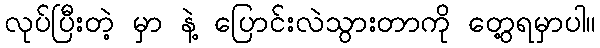
လုပ်ပြီးတဲ့ မှာ နဲ့ ပြောင်းလဲသွားတာကို တွေ့ရမှာပါ။